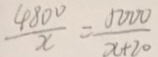
\frac { 4 8 0 0 } { x } = \frac { 5 0 0 0 } { x + 2 0 }